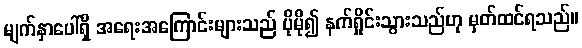
မျက်နှာပေါ်ရှိ အရေးအကြောင်းများသည် ပိုမို၍ နက်ရှိုင်းသွားသည်ဟု မှတ်ထင်ရသည်။